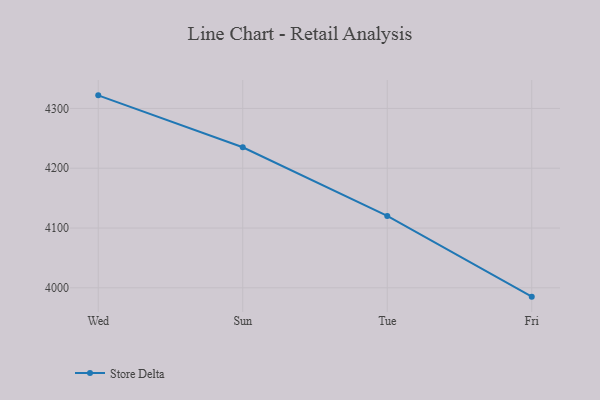
{"axis": {"x": "Day", "y": "Energy Usage (MWh)"}, "legend": ["Store Delta"], "data": [{"x": "Wed", "y": 4321.9, "type": "Store Delta"}, {"x": "Sun", "y": 4235.1, "type": "Store Delta"}, {"x": "Tue", "y": 4120.3, "type": "Store Delta"}, {"x": "Fri", "y": 3985.2, "type": "Store Delta"}]}